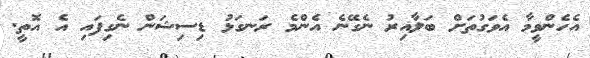
އެހެންވީމާ އެވަގުތަށް ބަލާއިރު ނެގޭނެ އެންމެ ރަނގަޅު ޑިސިޝަން ނެގިފައި އެ އޮތީ.